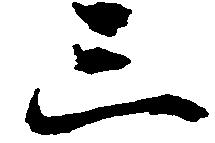
三